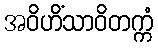
အဝိဟိံသာဝိတက္ကံ